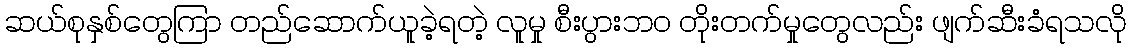
ဆယ်စုနှစ်တွေကြာ တည်ဆောက်ယူခဲ့ရတဲ့ လူမှု စီးပွားဘဝ တိုးတက်မှုတွေလည်း ဖျက်ဆီးခံရသလို